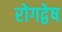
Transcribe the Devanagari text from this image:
रोगद्वेष